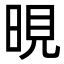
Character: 晛